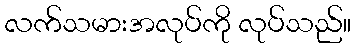
လက်သမားအလုပ်ကို လုပ်သည်။